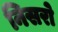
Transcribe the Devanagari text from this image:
निसरो